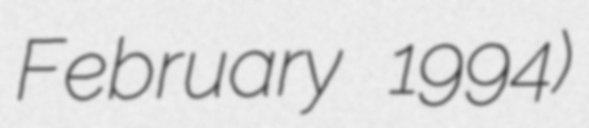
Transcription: February 1994)